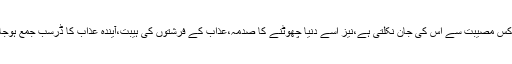
۸؎ کہ کس مصیبت سے اس کی جان نکلتی ہے،نیز اسے دنیا چھوٹنے کا صدمہ،عذاب کے فرشتوں کی ہیبت،آیندہ عذاب کا ڈرسب جمع ہوجاتے ہیں۔